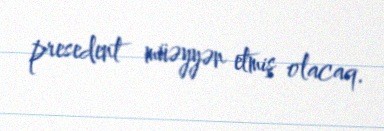
presedent müəyyən etmiş olacaq.